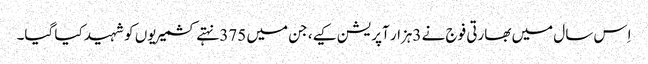
اِس سال میں بھارتی فوج نے 3ہزار آپریشن کیے، جن میں 375 نہتے کشمیریوں کو شہید کیا گیا۔